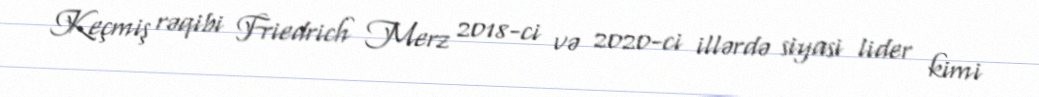
Keçmiş rəqibi Friedrich Merz 2018-ci və 2020-ci illərdə siyasi lider kimi